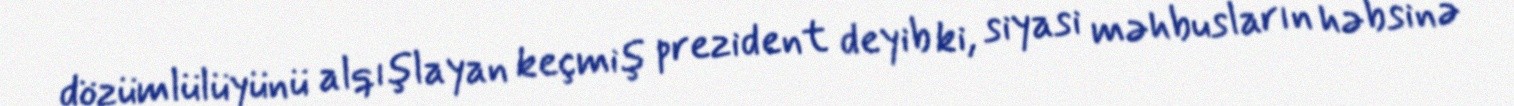
dözümlülüyünü alqışlayan keçmiş prezident deyib ki, siyasi məhbusların həbsinə